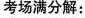
考场满分解：